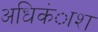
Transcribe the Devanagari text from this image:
अधिकंाश